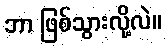
ဘာ ဖြစ်သွားလို့လဲ။